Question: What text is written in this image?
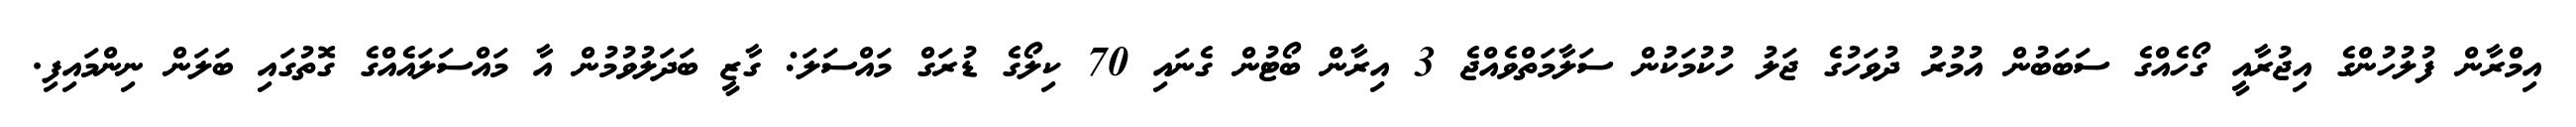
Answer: އިމްރާން ފުލުހުންގެ އިޖުރާއީ ގޯހެއްގެ ސަބަބުން އުމުރު ދުވަހުގެ ޖަލު ހުކުމަކުން ސަލާމަތްވެއްޖެ 3 އިރާން ބޯޓުން ގެނައި 70 ކިލޯގެ ޑުރަގް މައްސަލަ: ގާޒީ ބަދަލުވުމުން އާ މައްސަލައެއްގެ ގޮތުގައި ބަލަން ނިންމައިފި.